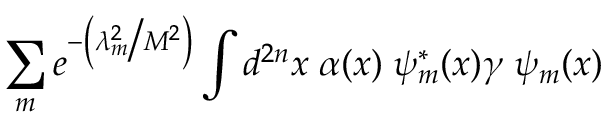
\sum _ { m } e ^ { - \left( \lambda _ { m } ^ { 2 } \big / M ^ { 2 } \right) } \int d ^ { 2 n } x \; \alpha ( x ) \; \psi _ { m } ^ { * } ( x ) \gamma \; \psi _ { m } ( x )